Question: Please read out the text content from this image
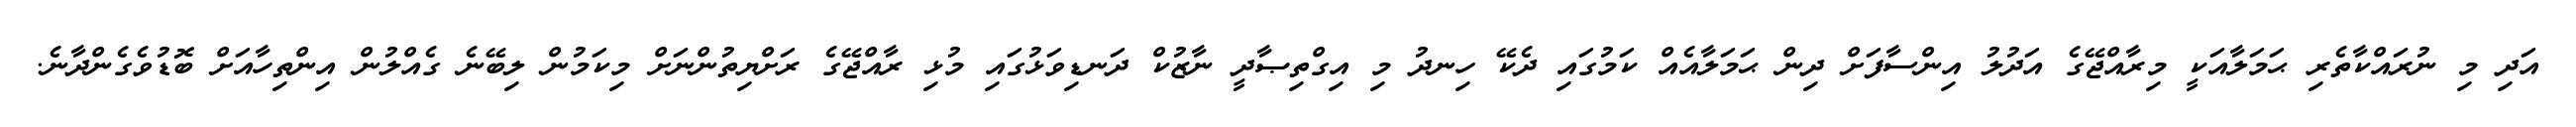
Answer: އަދި މި ނުރައްކާތެރި ޙަމަލާއަކީ މިރާއްޖޭގެ އަދުލު އިންސާފަށް ދިން ޙަމަލާއެއް ކަމުގައި ދެކޭ ހިނދު މި އިގްތިޞާދީ ނާޒުކް ދަނޑިވަޅުގައި މުޅި ރާއްޖޭގެ ރަށްޔިތުންނަށް މިކަމުން ލިބޭނެ ގެއްލުން އިންތިހާއަށް ބޮޑުވެގެންދާނެ.